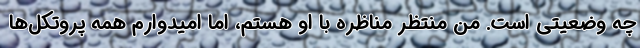
چه وضعیتی است. من منتظر مناظره با او هستم، اما امیدوارم همه پروتکل‌ها